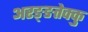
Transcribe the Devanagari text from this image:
अरङ्ङतेक्कु